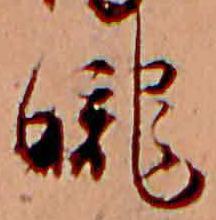
朧